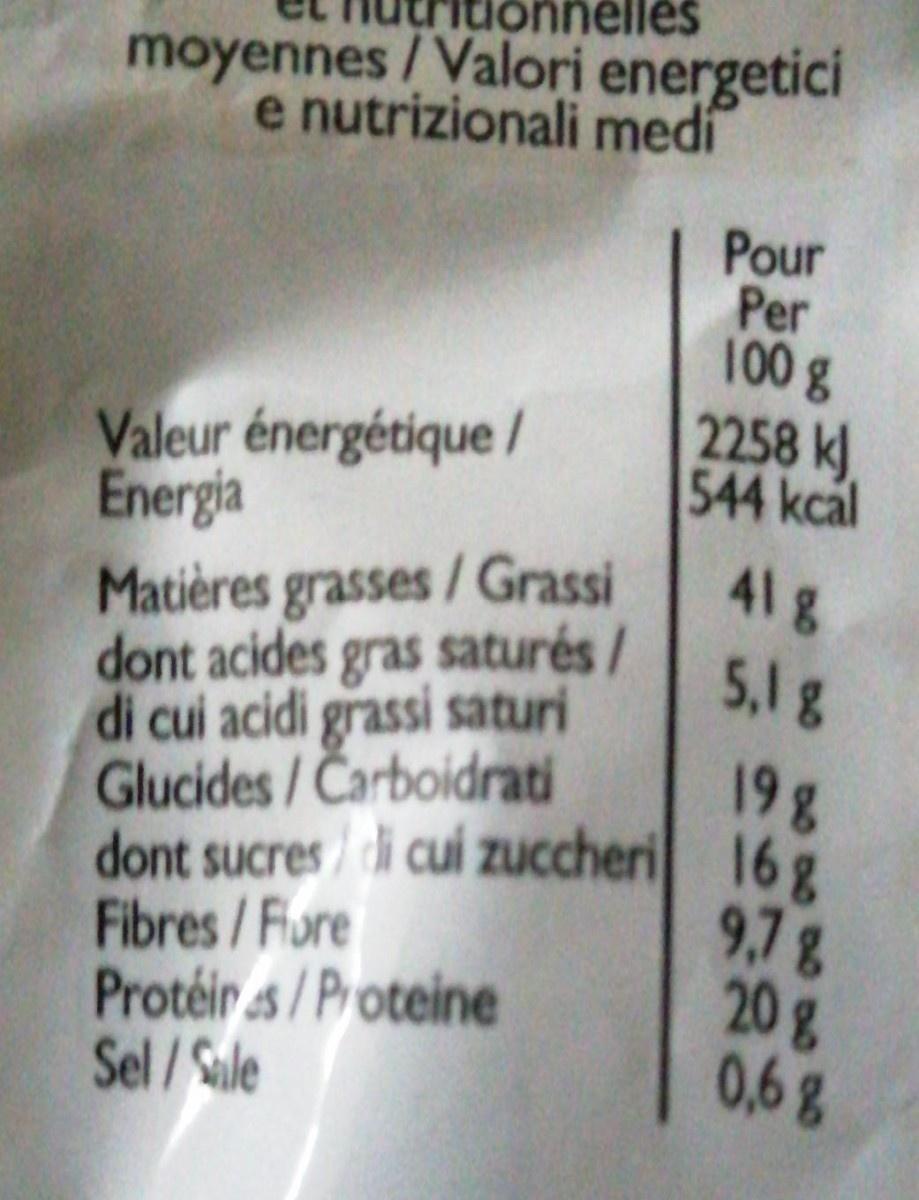
elles
moyennes /Valori energetici e nutrizionali medi
Pour Per 100g 2258 k 544 kcal
Valeur énergétique / Energia Matières grasses/Grassi dont acides gras saturés/ di cui acidi grassi saturi Glucides/Carboidrati dont sucres/di cui zuccheri 16g Fibres/Fiore Protéir s/Proteine Sel/Sule
41g
5,1g
198
9,7& 20g 0,68
200
DO00005 00